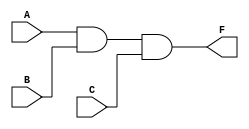
module my_and(input wire A, B, C, output wire F);
	assign F = A & B & C;
endmodule